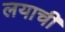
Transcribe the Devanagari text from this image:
लयाची